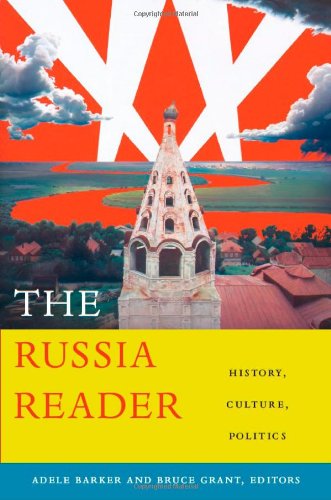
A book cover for The Russia Reader: History, Culture, Politics (The World Readers); Travel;